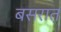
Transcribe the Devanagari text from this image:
बसरात